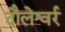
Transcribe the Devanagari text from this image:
दौलेश्वर्र